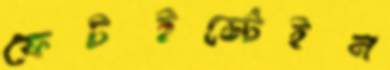
ফেটইস্টেইন